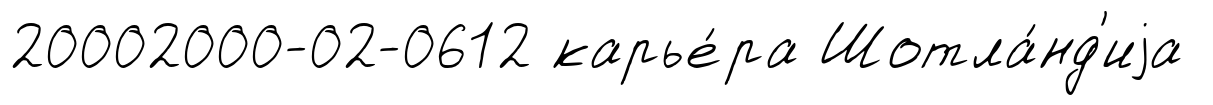
20002000-02-0612 карье́ра Шотла́нд'иjа